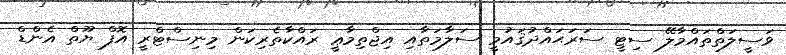
ވަސީލަތްތައްމާލޭ ސިޓީ ސަރަޙައްދުޤައުމީ ސަލާމަތާއި އިޖްތިމާޢީ ރައްކާތެރިކަން މިނިސްޓްރީ އޮފް ޔޫތް އެންޑް